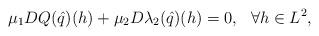
LaTeX: \begin{align*}\mu_1 DQ(\hat{q})(h)+\mu_2D\lambda_2(\hat{q})(h) =0,~~ \forall h \in L^2,\end{align*}